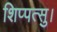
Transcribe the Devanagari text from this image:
शिप्पत्सु।